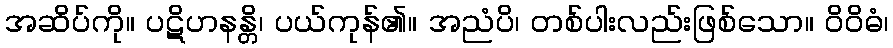
အဆိပ်ကို။ ပဋိဟနန္တိ၊ ပယ်ကုန်၏။ အညံပိ၊ တစ်ပါးလည်းဖြစ်သော။ ဝိဝိဓံ၊